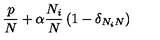
\frac { p } { N } + \alpha \frac { N _ { i } } { N } \left( 1 - \delta _ { N _ { i } N } \right) \,